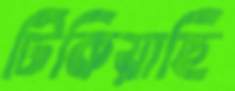
টিকিয়াছি